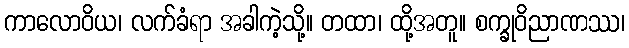
ကာလောဝိယ၊ လက်ခံရာ အခါကဲ့သို့။ တထာ၊ ထို့အတူ။ စက္ခုဝိညာဏဿ၊